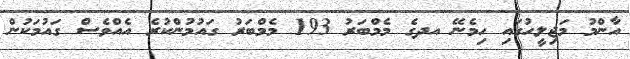
އާންމު މަޖިލީހުގައި ހިމެނޭ އދގެ މެމްބަރު 193 މެމްބަރު ގައުމުންކުރެ އެއްވެސް ގައުމަކުން